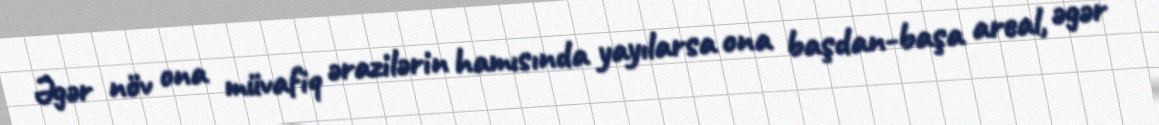
Əgər növ ona müvafiq ərazilərin hamısında yayılarsa ona başdan-başa areal, əgər